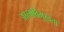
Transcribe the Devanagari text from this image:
आत्मविमुखता